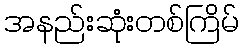
အနည်းဆုံးတစ်ကြိမ်